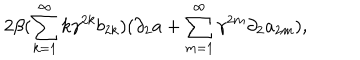
LaTeX: 2 \beta ( \sum _ { k = 1 } ^ { \infty } k { \gamma } ^ { 2 k } b _ { 2 k } ) ( { \partial } _ { 2 } a + \sum _ { m = 1 } ^ { \infty } { \gamma } ^ { 2 m } { \partial } _ { 2 } a _ { 2 m } ) ,